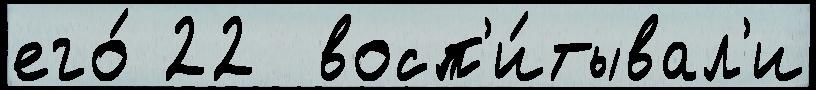
его́ 22  восп'и́тывал'и